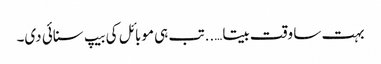
بہت سا وقت بیتا…..تب ہی موبائل کی بیپ سنائی دی۔